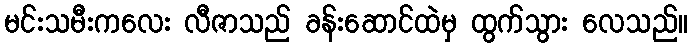
မင်းသမီးကလေး လီဇာသည် ခန်းဆောင်ထဲမှ ထွက်သွား လေသည်။